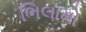
ભિલામો